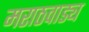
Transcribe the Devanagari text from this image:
मराठवाड्य